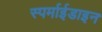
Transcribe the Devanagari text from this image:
स्पर्माईडाइन